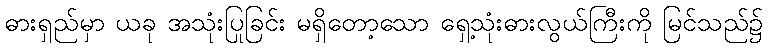
ဓားရှည်မှာ ယခု အသုံးပြုခြင်း မရှိတော့သော ရှေ့သုံးဓားလွယ်ကြီးကို မြင်သည်၌